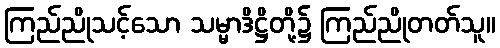
ကြည်ညိုသင့်သော သမ္မာဒိဋ္ဌိတို့၌ ကြည်ညိုတတ်သူ။